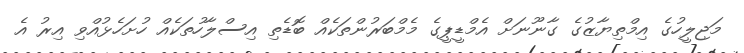
މަޖިލީހުގެ އިމްތިޔާޒުގެ ގާނޫނަށް އެމްޑީޕީގެ މެމްބަރުންތަކެއް ބޮޑެތި އިސްލާހުތަކެއް ހުށަހެޅުއްވި އިރު އެ